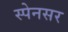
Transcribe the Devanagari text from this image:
स्पेनसर